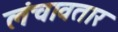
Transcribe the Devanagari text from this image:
लंचावतार